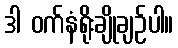
ဒါ ဝက်နံရိုးချိုချဉ်ပါ။